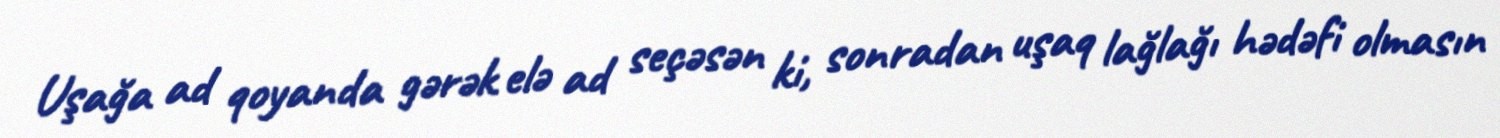
Uşağa ad qoyanda gərək elə ad seçəsən ki, sonradan uşaq lağlağı hədəfi olmasın